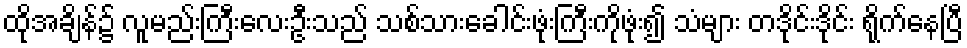
ထိုအချိန်၌ လူမည်းကြီးလေးဦးသည် သစ်သားခေါင်းဖုံးကြီးကိုဖုံး၍ သံများ တဒိုင်းဒိုင်း ရိုက်နေပြီ